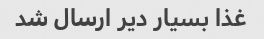
غذا بسیار دیر ارسال شد